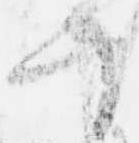
千